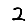
Digit: 2